Report on inoculation in the plague infected areas of the Punjab and its dependencies from October 1900 to September 1901
Year: 1900
Disease focus: Plague
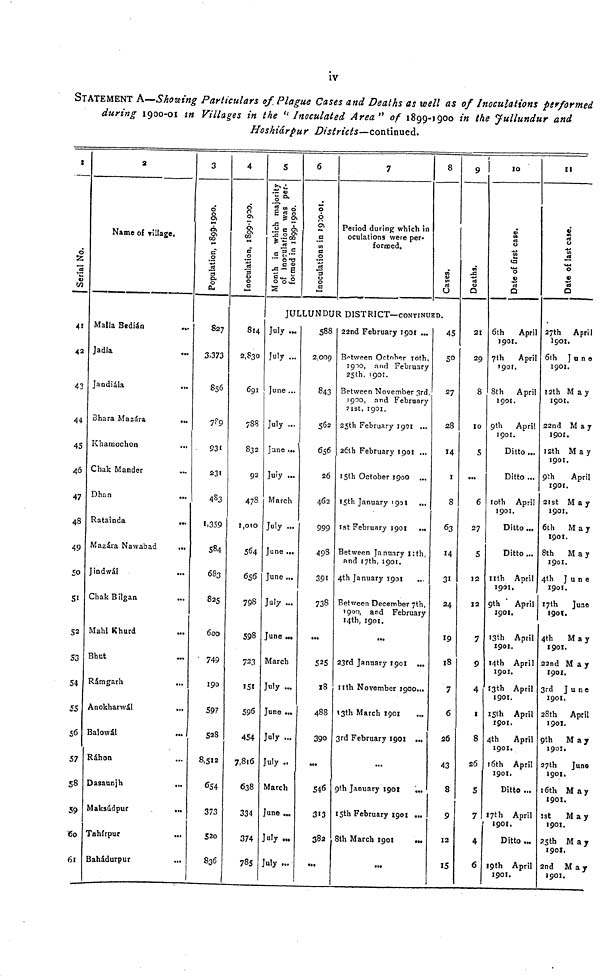
iv
STATEMENT A—Showing Particulars of Plague Cases and Deaths as well as of Inoculations performed
during 1900-01 in Villages in the " Inoculated Area " of 1899-J900 in the Jullundur and
Hoshiárpur Districts—continued.
1
Serial No.
41
42
43
44
45
40
47
48
49
50
51
52
S3
54
55
56
57
58
59
60
61
2
Name of village.
Malla Bedián
Jadía
Jandiála
Bhara Mazára
Khamochon
Chak Mander
Dhan
Ratainda
...
Mazára Nawabad
...
Jindwál
...
Chak Bilgan
Mahl Khurd
Bhut
Rámgarh
Anokharwál
...
Balowál
Ráhon
Dasaunjh
...
Maksúdpur
...
Tahírpur
Bahádurpur
3
Population, 1899-1900
827
3.373
856
789
931
231
483
1.359
584
683
825
600
749
190
597
528
8,512
654
373
520
836
4
Inoculation, 1899-1900.
814
2,830
691
788
832
92
478
1,010
564
656
798
598
723
151
596
454
7,816
638
334
374
785
5
Month in which majority
of inoculation was per-
formed in 1899-1900.
6
Inoculations in 1900-01.
7
Period during which in
oculations were per-
formed.
8
Cases.
JULLUNDUR DISTRICT—CONTINUED.
July
July
June ...
July ...
June
July
March
July
June ...
June ...
July ...
June ...
March
July ...
June ...
July ...
July
March
June ...
July ...
July ...
588
2,009
843
562
656
26
462
999
498
391
738
...
525
18
488
390
546
313
382
...
22nd February 1901
Between October 10th,
1910, and February
25th, 1901.
Between November 3rd,
1900, and February
21st, 1901.
25th February 1901
26th February 1901 ...
15th October 1900 ...
15th January 1901 ...
1st February 1901
Between January 11th,
and 17th, 1901.
4th January 1901
Between December 7th,
1900, and February
14th, 1901.
...
23rd January 190I ...
11th November 1900...
13th March 1901
3rd February 1901 ...
...
9th January 1901
...
15th February 1901 ...
8th March 1901
...
45
50
27
28
14
1
8
63
14
31
24
19
18
7
6
26
43
8
9
12
15
Deaths.
21
29
8
10
S
...
6
27
5
12
12
7
9
4
1
8
26
S
7
4
6
10
Date of first case.
6th
April
190t.
7th
April
T90I.
8th
April
190t.
9th
April
1901.
Ditto ...
Ditto ...
10th April
1901.
Ditto
Ditto ...
nth April
1901
9th
April
2901.
13th April
1901.
14th April
1901.
13th
April
1901.
15th April
1901.
4th
April
1901.
16th April
1901.
Ditto ...
17th April
1901.
Ditto ...
19th April
1901.
II
Date of la
27th April
1901.
6th
June
1901.
12th May
1901.
22nd May
1901.
12th
May
1901.
9th
April
1901.
31st
May
1901.
6th
May
1901.
8th
May
1901.
4th
June
1901.
17th
June
190T.
4th
May
1901.
22nd May
1901.
3rd
June
1901,
28th
April
1901.
9th May
1903.
27th
June
1901.
16th May
1901.
1st May
1901.
25th
May
1901.
2nd
May
1901.